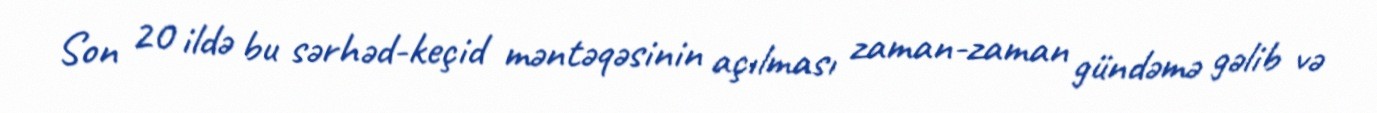
Son 20 ildə bu sərhəd-keçid məntəqəsinin açılması zaman-zaman gündəmə gəlib və